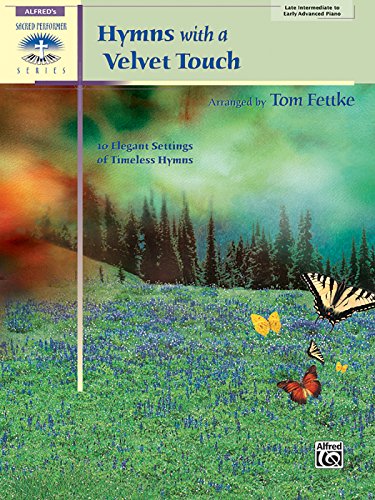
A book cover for Hymns with a Velvet Touch (Sacred Performer Collections); Tom Fettke; Christian Books & Bibles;